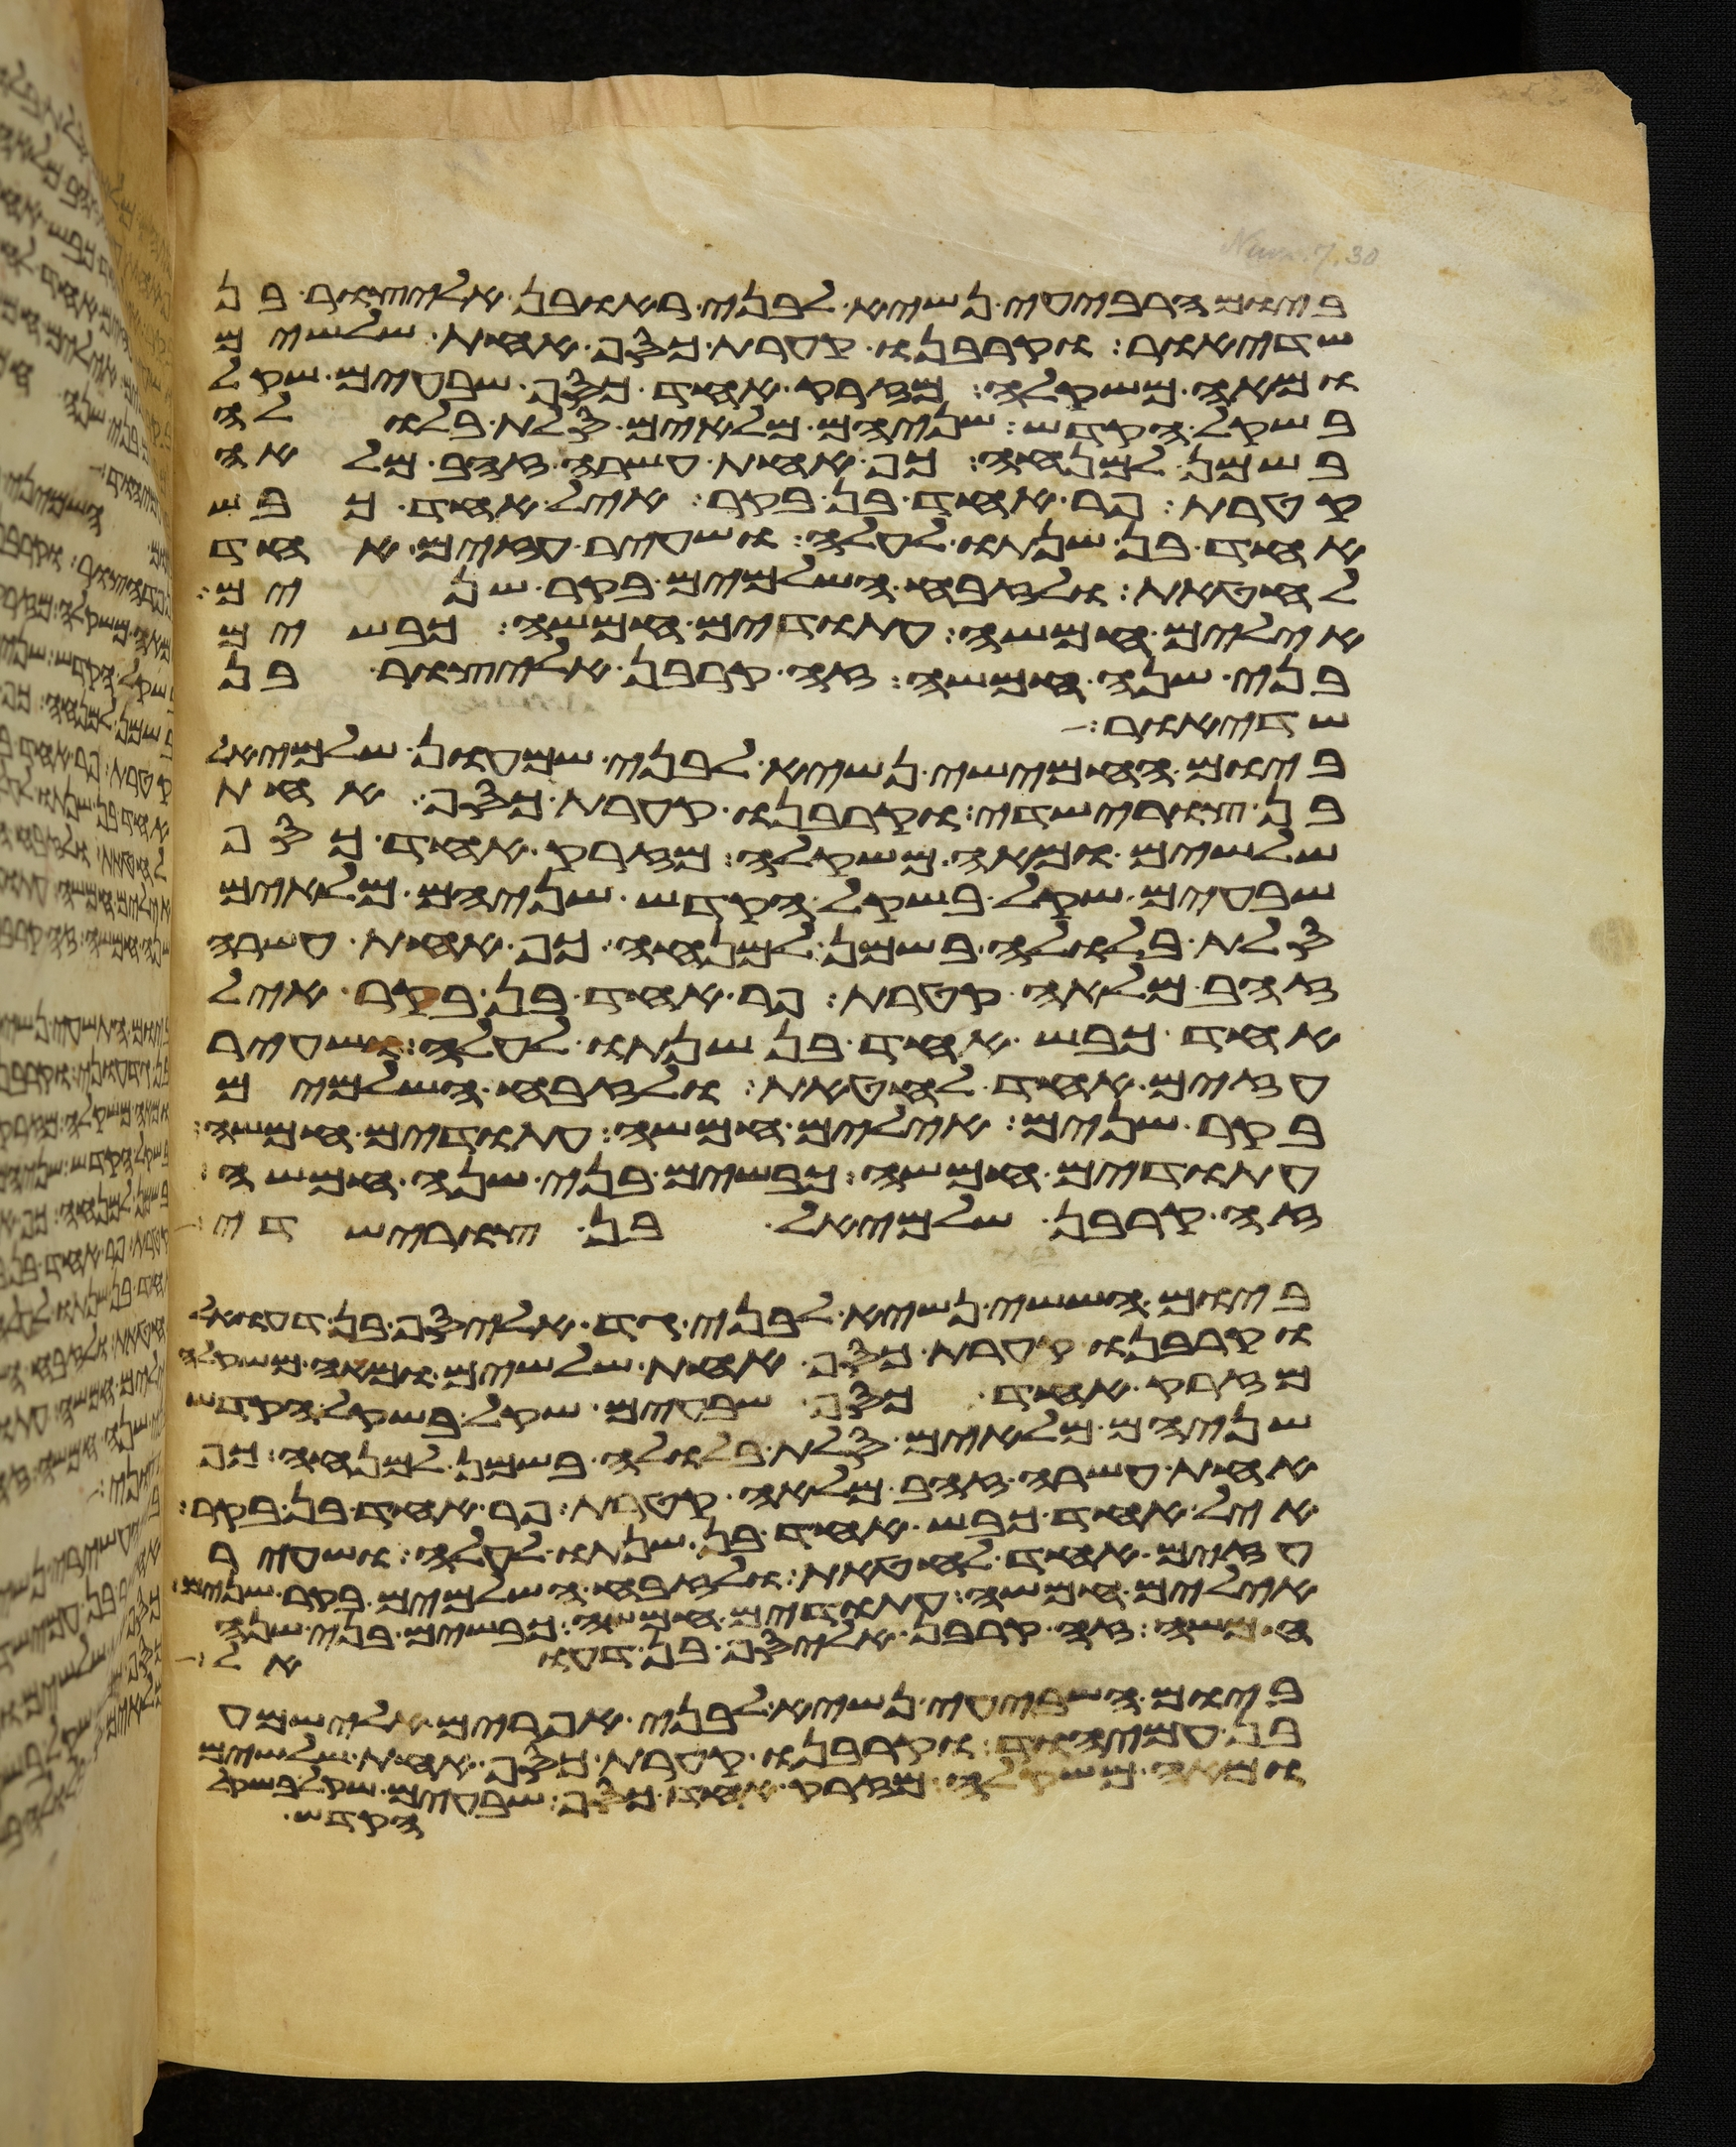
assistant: ביום הרביעי נשיא לבני ראובן אליצור בן
שדיאור וקרבנו קערת כסף אחת שלשים
ומאה משקלה מזרק אחד כסף שבעים שקל
בשקל הקדש שניהם מלאים סלת בלולה
בשמן למנחה כף אחת עשרה זהב מלאה
קטרת פר אחד בן בקר איל אחד כבש
אחד בן שנתו לעלה ושעיר עזים אחד
לחטאת ולזבח השלמים בקר שנים
אילים חמשה עתודים חמשה כבשים
בני שנה חמשה זה קרבן אליצור בן
שדיאור
ביום החמישי נשיא לבני שמעון שלמיאל
בן צורישדי וקרבנו קערת כסף אחת
שלשים ומאה משקלה מזרק אחד כסף
שבעים שקל בשקל הקדש שניהם מלאים
סלת בלולה בשמן למנחה כף אחת עשרה
זהב מלאה קטרת פר אחד בן בקר איל
אחד כבש אחד בן שנתו לעלה ושעיר
עזים אחד לחטאת ולזבח השלמים
בקר שנים אילים חמשה עתודים חמשה
עתודים חמשה כבשים בני שנה חמשה
זה קרבן שלמיאל בן צורישדי
ביום הששי נשיא לבני גד אליסף בן דעואל
וקרבנו קערת כסף אחת שלשים ומאה משקלה
מזרק אחד כסף שבעים שקל בשקל הקדש
שניהם מלאים סלת בלולה בשמן למנחה כף
אחת עשרה זהב מלאה קטרת פר אחד בן בקר
איל אחד כבש אחד בן שנתו לעלה ושעיר
עזים אחד לחטאת ולזבח השלמים בקר שנים
אילים חמשה עתודים חמשה כבשים בני שנה
חמשה זה קרבן אליסף בן דעואל
ביום השביעי נשיא לבני אפרים אלישמע
בן עמיהוד וקרבנו קערת כסף אחת שלשים
ומאה משקלה מזרק אחד כסף שבעים שקל בשקל
הקדש